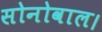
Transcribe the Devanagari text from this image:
सोनोवाल।